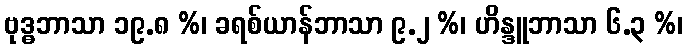
ဗုဒ္ဓဘာသာ ၁၉.၈ %၊ ခရစ်ယာန်ဘာသာ ၉.၂ %၊ ဟိန္ဒူဘာသာ ၆.၃ %၊